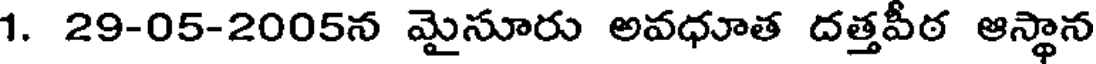
1. 29-05-2005న మైసూరు అవధూత దత్తపీఠ ఆస్థాన